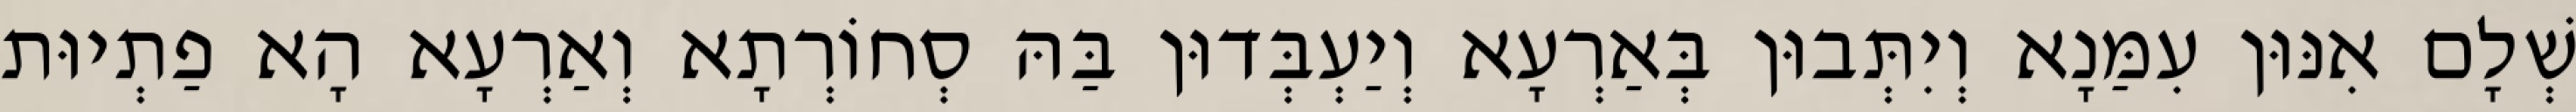
שְׁלָם אִנּוּן עִמַּנָא וְיִתְּבוּן בְּאַרְעָא וְיַעְבְּדוּן בַּהּ סְחוֹרְתָא וְאַרְעָא הָא פַתְיוּת